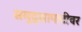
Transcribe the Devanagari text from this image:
समुद्र्सापाटीवर